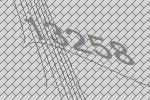
13258